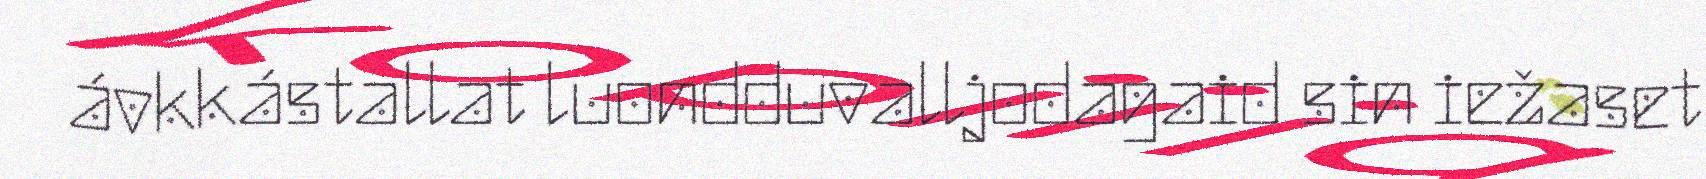
ávkkástallat luondduvalljodagaid sin iežaset